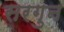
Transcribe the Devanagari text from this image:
सरगुन